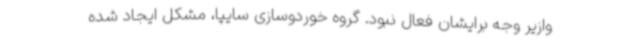
وازیر وجه برایشان فعال نبود. گروه خوردوسازی سایپا، مشکل ایجاد شده